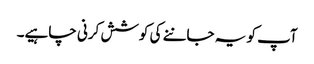
آپ کو یہ جاننے کی کوشش کرنی چاہیے۔